Indian journal of veterinary science and animal husbandry - Volumes 15-17, 1948-1951
Year: 1948
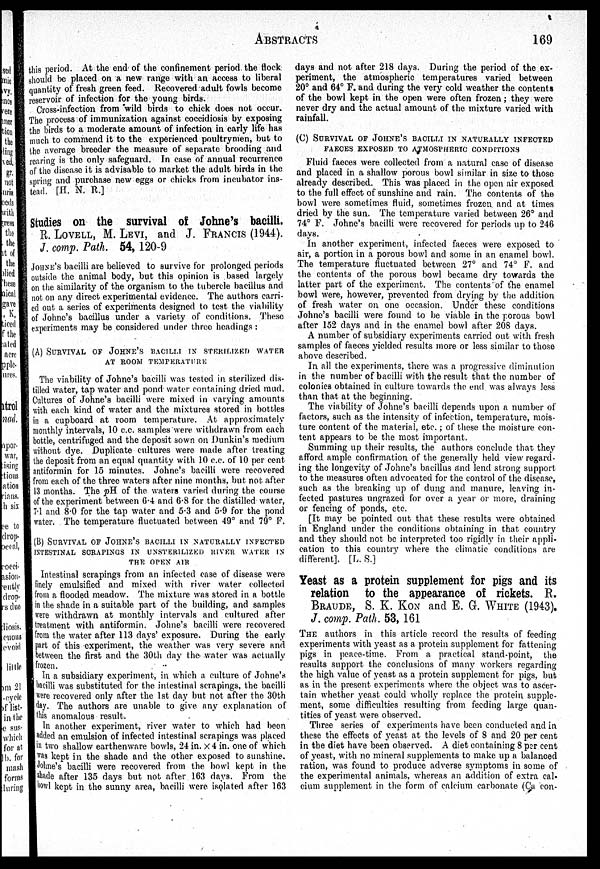
ABSTRACTS
169
this period. At the end of the confinement period the flock
should be placed on a new range with an access to liberal
quantity of fresh green feed. Recovered adult fowls become
reservoir of infection for the young birds.
Cross-infection from wild birds to chick does not occur.
The process of immunization against coccidiosis by exposing
the birds to a moderate amount of infection in early life has
much to commend it to the experienced poultrymen, but to
the average breeder the measure of separate brooding and
rearing is the only safeguard. In case of annual recurrence
of the disease it is advisable to market the adult birds in the
spring and purchase new eggs or chicks from incubator ins-
tead. [H. N. R.]
Studies on the survival of Johne's bacilli.
R. LOVELL, M. LEVI, and J. FRANCIS (1944).
J. comp. Path. 54, 120-9
JOHNE'S bacilli are believed to survive for prolonged periods
outside the animal body, but this opinion is based largely
on the similarity of the organism to the tubercle bacillus and
not on any direct experimental evidence. The authors carri-
ed out a series of experiments designed to test the viability
of Johne's bacillus under a variety of conditions. These
experiments may be considered under three headings :
(A) SURVIVAL OF JOHNE'S BACILLI IN STERILIZED WATER
AT ROOM TEMPERATURE
The viability of Johne's bacilli was tested in sterilized dis-
tilled water, tap water and pond water containing dried mud.
Cultures of Johne's bacilli were mixed in varying amounts
with each kind of water and the mixtures stored in bottles
in a cupboard at room temperature. At approximately
monthly intervals, 10 c.c. samples were withdrawn from each
bottle, centrifuged and the deposit sown on Dunkin's medium
without dye. Duplicate cultures were made after treating
the deposit from an equal quantity with 10 c.c. of 10 per cent
antiformin for 15 minutes. Johne's bacilli were recovered
from each of the three waters after nine months, but not. after
13 months. The pH of the waters varied during the course
of the experiment between 6.4 and 6.8 for the distilled water,
7.1 and 8.0 for the tap water and 5.3 and 5.9 for the pond
water. The temperature fluctuated between 49º and 79º F.
(B) SURVIVAL OF JOHNE'S BACILLI IN NATURALLY INFECTED
INTESTINAL SCRAPINGS IN UNSTERILIZED RIVER WATER IN
THE OPEN AIR
Intestinal scrapings from an infected case of disease were
finely emulsified and mixed with river water collected
from a flooded meadow. The mixture was stored in a bottle
in the shade in a suitable part of the building, and samples
were withdrawn at monthly intervals and cultured after
treatment with antiformin. Johne's bacilli were recovered
from the water after 113 days' exposure. During the early
part of this experiment, the weather was very severe and
between the first and the 30th day the water was actually
frozen.
In a subsidiary experiment, in which a culture of Johne's
bacilli was substituted for the intestinal scrapings, the bacilli
were recovered only after the 1st day but not after the 30th
day. The authors are unable to give any explanation of
this anomalous result.
In another experiment, river water to which had been
added an emulsion of infected intestinal scrapings was placed
in two shallow earthenware bowls, 24 in. x 4 in. one of which
was kept in the shade and the other exposed to sunshine.
Johne's bacilli were recovered from the bowl kept in the
shade after 135 days but not after 163 days. From the
bowl kept in the sunny area, bacilli were isolated after 163
days and not after 218 days. During the period of the ex-
periment, the atmospheric temperatures varied between
20º and 64º F. and during the very cold weather the contents
of the bowl kept in the open were often frozen ; they were
never dry and the actual amount of the mixture varied with
rainfall.
(C) SURVIVAL OF JOHNE'S BACILLI IN NATURALLY INFECTED
FAECES EXPOSED TO ATMOSPHERIC CONDITIONS
Fluid faeces were collected from a natural case of disease
and placed in a shallow porous bowl similar in size to those
already described. This was placed in the open air exposed
to the full effect of sunshine and rain. The contents of the
bowl were sometimes fluid, sometimes frozen and at times
dried by the sun. The temperature varied between 26º and
74º F. Johne's bacilli were recovered for periods up to 246
days.
In another experiment, infected faeces were exposed to
air, a portion in a porous bowl and some in an enamel bowl.
The temperature fluctuated between 27º and 74º F. and
the contents of the porous bowl became dry towards the
latter part of the experiment. The contents of the enamel
bowl were, however, prevented from drying by the addition
of fresh water on one occasion. Under these conditions
Johne's bacilli were found to be viable in the porous bowl
after 152 days and in the enamel bowl after 208 days.
A number of subsidiary experiments carried out with fresh
samples of faeces yielded results more or less similar to those
above described.
In all the experiments, there was a progressive diminution
in the number of bacilli with the result that the number of
colonies obtained in culture towards the end was always less
than that at the beginning.
The viability of Johne's bacilli depends upon a number of
factors, such as the intensity of infection, temperature, mois-
ture content of the material, etc. ; of these the moisture con-
tent appears to be the most important.
Summing up their results, the authors conclude that they
afford ample confirmation of the generally held view regard-
ing the longevity of Johne's bacillus and lend strong support
to the measures often advocated for the control of the disease,
such as the breaking up of dung and manure, leaving in-
fected pastures ungrazed for over a year or more, draining
or fencing of ponds, etc.
[It may be pointed out that these results were obtained
in England under the conditions obtaining in that country
and they should not be interpreted too rigidly in their appli-
cation to this country where the climatic conditions are
different]. [L. S.]
Yeast as a protein supplement for pigs and its
relation to the appearance of rickets. R.
BRAUDE, S. K. KON and E. G. WHITE (1943).
J. comp. Path. 53, 161
THE authors in this article record the results of feeding
experiments with yeast as a protein supplement for fattening
pigs in peace-time. From a practical stand-point, the
results support the conclusions of many workers regarding
the high value of yeast as a protein supplement for pigs, but
as in the present experiments where the object was to ascer-
tain whether yeast could wholly replace the protein supple-
ment, some difficulties resulting from feeding large quan-
tities of yeast were observed.
Three series of experiments have been conducted and in
these the effects of yeast at the levels of 8 and 20 per cent
in the diet have been observed. A diet containing 8 per cent
of yeast, with no mineral supplements to make up a balanced
ration, was found to produce adverse symptoms in some of
the experimental animals, whereas an addition of extra cal-
cium supplement in the form of calcium carbonate (Ca con-